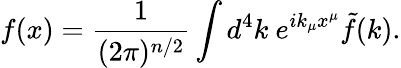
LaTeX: f(x)=\frac{1}{(2\pi)^{n/2}}\int d^{4}k~e^{ik_{\mu}x^{\mu}}\tilde{f}(k).